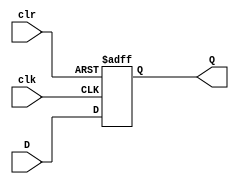

////////////////////////////////////////////////////////////////////////////////
// Company: 
// Engineer:
//
// Design Name:    
// Module Name:    DFF_asynch_clr
// Project Name:   
// Target Device:  
// Tool versions:  
// Description:
//
// Dependencies:
// 
// Revision:
// Revision 0.01 - File Created
// Additional Comments:
// 
////////////////////////////////////////////////////////////////////////////////
module DFF_asynch_clr(D, clk, Q, clr);
    input D;
    input clk;
    input clr;
    
	 output Q;
	 reg Q ;

	 always @ (posedge clk or posedge clr)
	 begin
	 		if(clr)	Q <= 1'b 0 ;

			else		Q <= D ;
	 end

endmodule